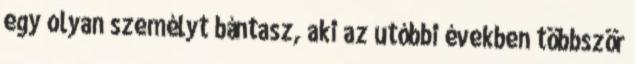
egy olyan személyt bántasz, aki az utóbbi években többször